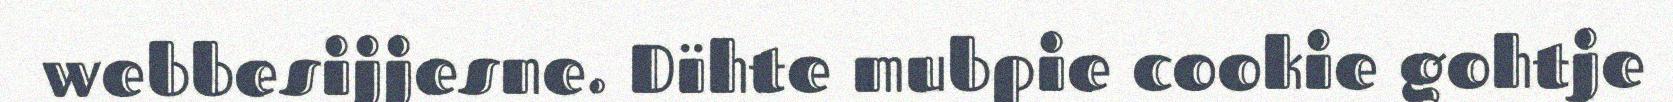
webbesijjesne. Dïhte mubpie cookie gohtje